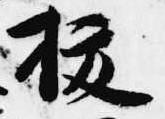
抜